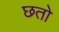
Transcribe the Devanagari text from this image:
छतो